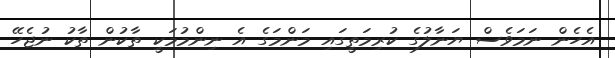
އެހެން ނަމަވެސް ޔަނާލުގެ ކުރިމަތީގައި މަންމަގެ އެ ނިންމުމަކީ ތާކުން ތާކު ނުޖެހޭ